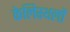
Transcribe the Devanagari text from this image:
केलिस्थलों